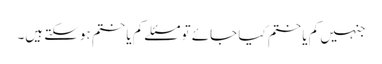
جنہیں کم یا ختم کیا جائے تو مسئلے کم یا ختم ہوسکتے ہیں۔